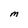
Character: M